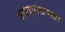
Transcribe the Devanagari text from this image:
मराठ्यांसारखा